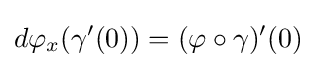
d\varphi _{x}(\gamma '(0))=(\varphi \circ \gamma )'(0)